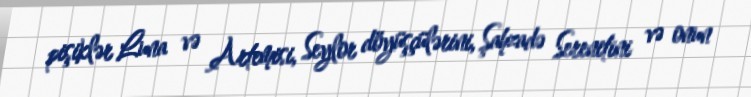
pişiklər Luna və Artemisi, Seylor döyüşçülərini, Şahzadə Serenitini və onun